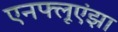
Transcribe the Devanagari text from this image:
एनफ्लूएंझा